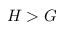
H > G